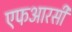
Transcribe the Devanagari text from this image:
एफआरसी